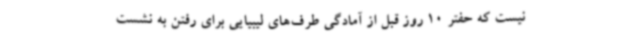
نیست که حفتر 10 روز قبل از آمادگی طرف‌های لیبیایی برای رفتن به نشست